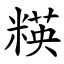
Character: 䊔